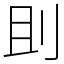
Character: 刞